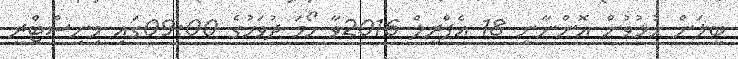
ބީލަން ހުޅުވުން އޮންނާނީ 18 އެޕްރީލް 2016ވާ ހޯމަ ދުވަހުގެ 09:00ގައި މިނިސްޓްރީ